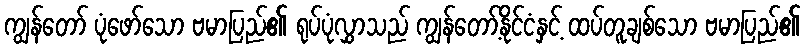
ကျွန်တော် ပုံဖော်သော ဗမာပြည်၏ ရုပ်ပုံလွှာသည် ကျွန်တော့်နိုင်ငံနှင့် ထပ်တူချစ်သော ဗမာပြည်၏